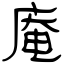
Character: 庵